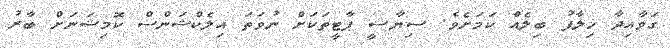
ގަވާއިދާ ޚިލާފު ބިލެއް ކަމަށެވެ. ސިޔާސީ ޕާޓީތަކަށް ނުވަތަ އިލެކްޝަންސް ކޮމިޝަނަށް ބާރު